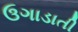
ઉગાડાતી